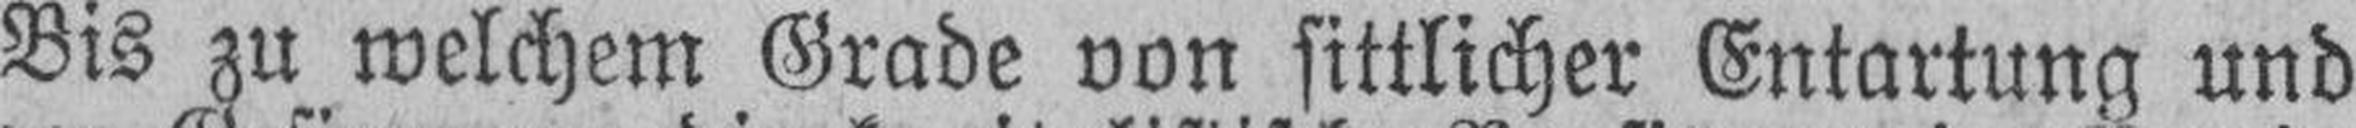
Bis zu welchem Grade von sittlicher Entartung und